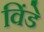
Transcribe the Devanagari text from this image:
विंडे